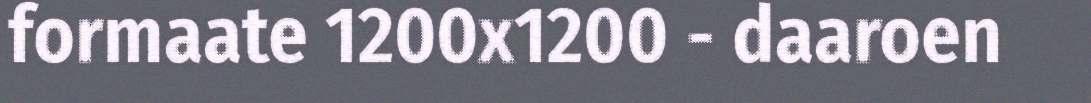
formaate 1200x1200 - daaroen